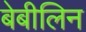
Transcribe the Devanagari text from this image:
बेबीलिन